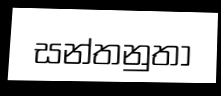
සන්තනුතා